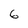
Character: 6